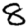
Digit: 8